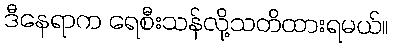
ဒီနေရာက ရေစီးသန်လို့သတိထားရမယ်။